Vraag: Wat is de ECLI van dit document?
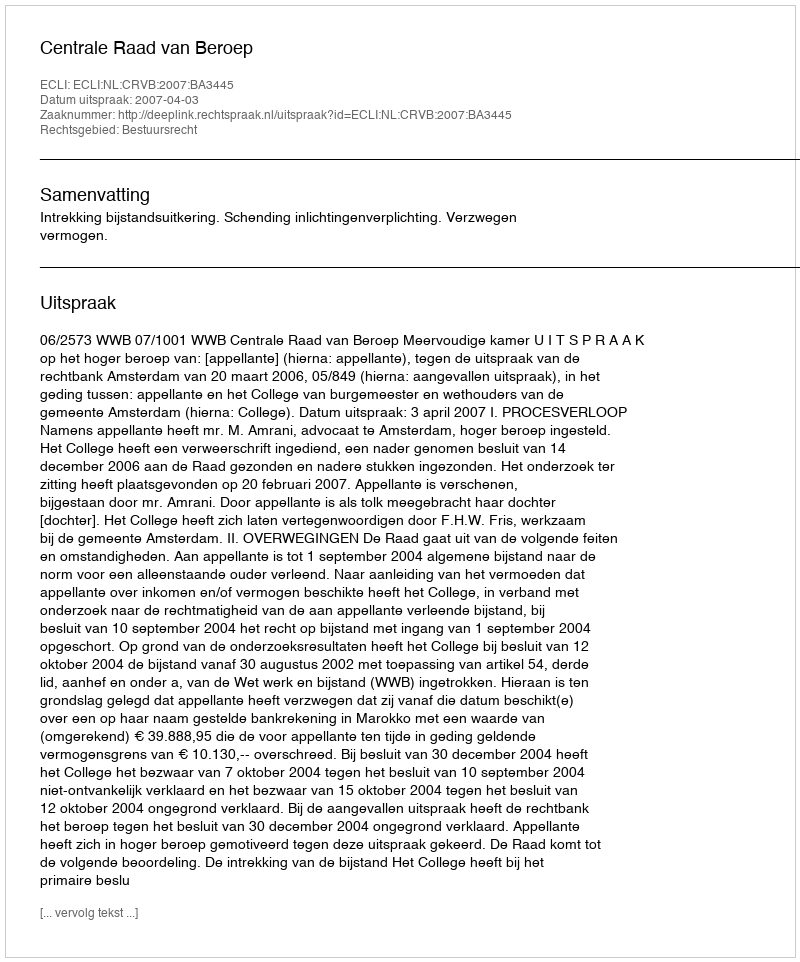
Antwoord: ECLI:NL:CRVB:2007:BA3445